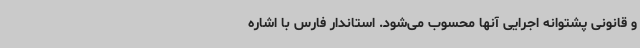
و قانونی پشتوانه اجرایی آنها محسوب می‌شود. استاندار فارس با اشاره